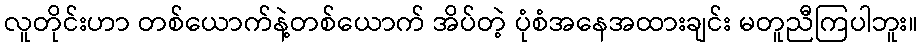
လူတိုင်းဟာ တစ်ယောက်နဲ့တစ်ယောက် အိပ်တဲ့ ပုံစံအနေအထားချင်း မတူညီကြပါဘူး။